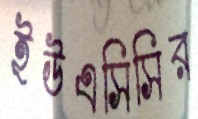
ইউএসিসির